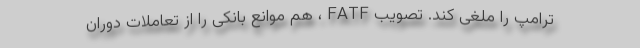
ترامپ را ملغی کند. تصویب FATF ، هم موانع بانکی را از تعاملات دوران